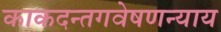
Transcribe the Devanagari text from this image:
काकदन्तगवेषणन्याय